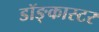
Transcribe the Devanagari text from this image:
डॉङ्कास्टर